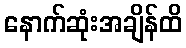
နောက်ဆုံးအချိန်ထိ